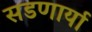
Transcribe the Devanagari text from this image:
सडणार्या